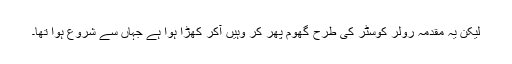
لیکن یہ مقدمہ رولر کوسٹر کی طرح گھوم پھر کر وہیں آکر کھڑا ہوا ہے جہاں سے شروع ہوا تھا۔